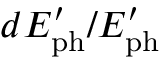
d E _ { \mathrm { p h } } ^ { \prime } / E _ { \mathrm { p h } } ^ { \prime }